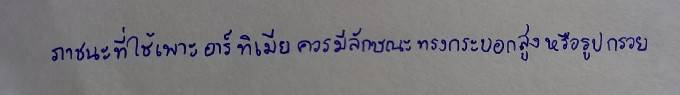
ภาชนะที่ใช้เพาะอาร์ทิเมียควรมีลักษณะทรงกระบอกสูงหรือรูปกรวย